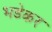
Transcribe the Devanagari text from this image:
भडेकर